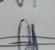
Signature authenticity: genuine